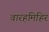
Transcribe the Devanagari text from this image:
वारहमिहिर